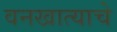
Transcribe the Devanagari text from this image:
वनखात्याचे